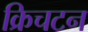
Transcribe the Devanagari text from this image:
क्रिचटन